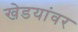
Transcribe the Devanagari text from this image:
खेडयांवर